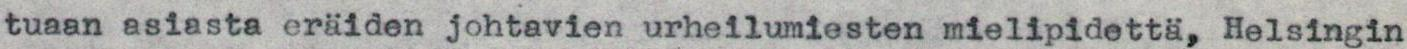
tuaan asiasta eräiden johtavien urheilumiesten mielipidettä, Helsingin